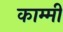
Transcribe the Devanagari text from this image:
काम्मी